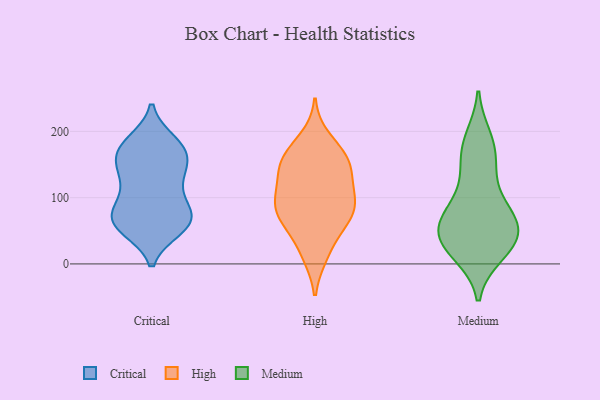
{"axis": {"x": "Gross Profit (USD K)", "y": "Value"}, "legend": ["Critical", "High", "Medium"], "data": [{"x": "", "y": 104, "type": "Critical"}, {"x": "", "y": 137, "type": "Critical"}, {"x": "", "y": 60, "type": "Critical"}, {"x": "", "y": 181, "type": "Critical"}, {"x": "", "y": 72, "type": "Critical"}, {"x": "", "y": 58, "type": "Critical"}, {"x": "", "y": 54, "type": "Critical"}, {"x": "", "y": 166, "type": "Critical"}, {"x": "", "y": 174, "type": "Critical"}, {"x": "", "y": 140, "type": "Critical"}, {"x": "", "y": 158, "type": "Critical"}, {"x": "", "y": 120, "type": "Critical"}, {"x": "", "y": 184, "type": "Critical"}, {"x": "", "y": 72, "type": "Critical"}, {"x": "", "y": 92, "type": "Critical"}, {"x": "", "y": 68, "type": "Critical"}, {"x": "", "y": 145, "type": "Critical"}, {"x": "", "y": 53, "type": "Critical"}, {"x": "", "y": 74, "type": "Critical"}, {"x": "", "y": 176, "type": "Critical"}, {"x": "", "y": 143, "type": "High"}, {"x": "", "y": 57, "type": "High"}, {"x": "", "y": 93, "type": "High"}, {"x": "", "y": 160, "type": "High"}, {"x": "", "y": 134, "type": "High"}, {"x": "", "y": 108, "type": "High"}, {"x": "", "y": 190, "type": "High"}, {"x": "", "y": 89, "type": "High"}, {"x": "", "y": 153, "type": "High"}, {"x": "", "y": 162, "type": "High"}, {"x": "", "y": 97, "type": "High"}, {"x": "", "y": 79, "type": "High"}, {"x": "", "y": 61, "type": "High"}, {"x": "", "y": 13, "type": "High"}, {"x": "", "y": 62, "type": "High"}, {"x": "", "y": 16, "type": "High"}, {"x": "", "y": 167, "type": "High"}, {"x": "", "y": 128, "type": "High"}, {"x": "", "y": 85, "type": "High"}, {"x": "", "y": 36, "type": "Medium"}, {"x": "", "y": 151, "type": "Medium"}, {"x": "", "y": 59, "type": "Medium"}, {"x": "", "y": 162, "type": "Medium"}, {"x": "", "y": 48, "type": "Medium"}, {"x": "", "y": 83, "type": "Medium"}, {"x": "", "y": 46, "type": "Medium"}, {"x": "", "y": 40, "type": "Medium"}, {"x": "", "y": 72, "type": "Medium"}, {"x": "", "y": 23, "type": "Medium"}, {"x": "", "y": 184, "type": "Medium"}, {"x": "", "y": 88, "type": "Medium"}, {"x": "", "y": 64, "type": "Medium"}, {"x": "", "y": 124, "type": "Medium"}, {"x": "", "y": 18, "type": "Medium"}, {"x": "", "y": 190, "type": "Medium"}, {"x": "", "y": 15, "type": "Medium"}]}